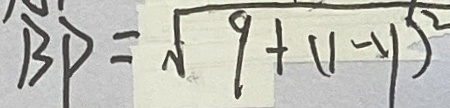
B P = \sqrt { 9 + ( 1 - y ) ^ { 2 } }